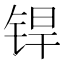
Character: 𬭍